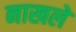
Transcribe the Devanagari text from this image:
नाखले